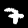
Label: 7